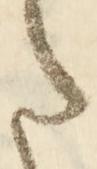
た